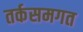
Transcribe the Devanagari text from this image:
तर्कसमगत